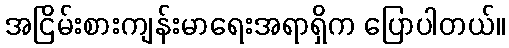
အငြိမ်းစားကျန်းမာရေးအရာရှိက ပြောပါတယ်။